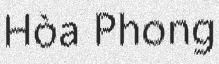
Hòa Phong